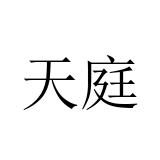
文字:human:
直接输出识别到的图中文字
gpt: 天庭